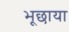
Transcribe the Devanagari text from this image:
भूछाया